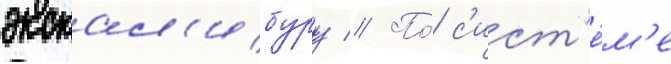
экскал'ибуру // По́ с'ист'е́м'е